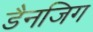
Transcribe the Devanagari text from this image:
डैनजिग